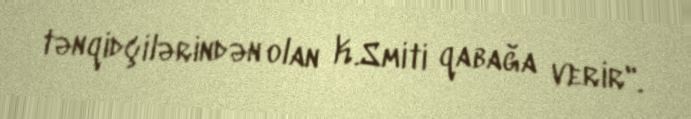
tənqidçilərindən olan K.Smiti qabağa verir".